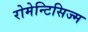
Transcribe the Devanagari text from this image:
रोमेन्टिसिज्म